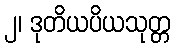
၂၊ ဒုတိယပိယသုတ္တ